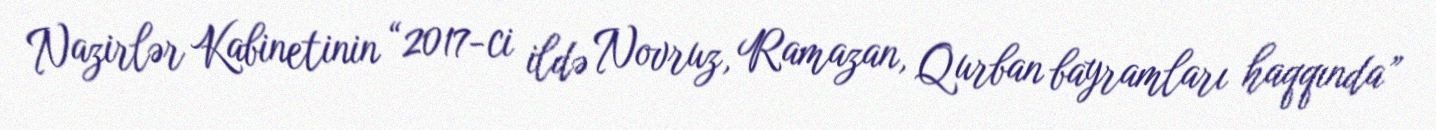
Nazirlər Kabinetinin “2017-ci ildə Novruz, Ramazan, Qurban bayramları haqqında”